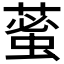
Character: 𦸞